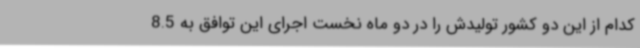
کدام از این دو کشور تولیدش را در دو ماه نخست اجرای این توافق به 8.5